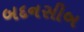
બદનસીબ